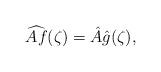
LaTeX: \begin{align*}\widehat{Af}(\zeta) = \hat A \hat g (\zeta),\end{align*}